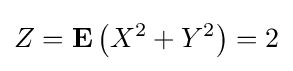
Z=\mathbf {E} \left(X^{2}+Y^{2}\right)=2